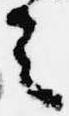
之